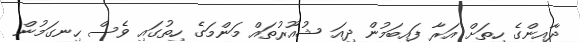
ދާއިންގެ ހިތަށް އަރާ ފައިބަމުން ދިއަ ޝުއޫރުތައް މަންމަގެ ހިތުގައި ވެސް ހިނގަމުން